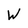
Character: W